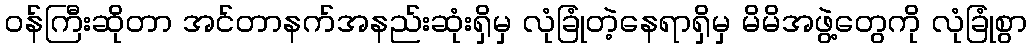
ဝန်ကြီးဆိုတာ အင်တာနက်အနည်းဆုံးရှိမှ လုံခြုံတဲ့နေရာရှိမှ မိမိအဖွဲ့တွေကို လုံခြုံစွာ